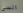
السئ